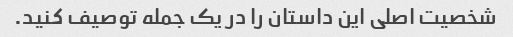
شخصیت اصلی این داستان را در یک جمله توصیف کنید.